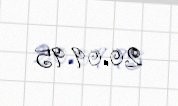
20.09.95